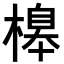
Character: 𣘶